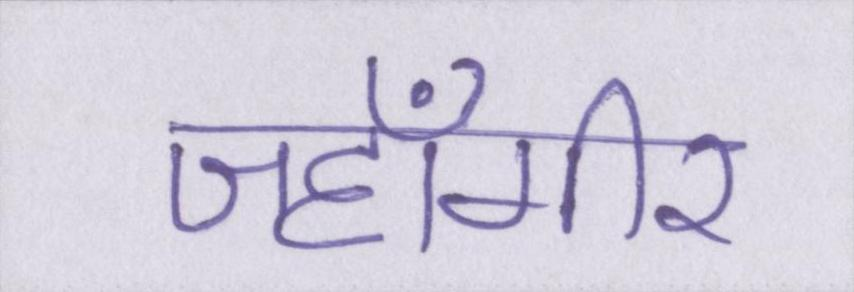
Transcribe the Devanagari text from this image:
जहाँगीर